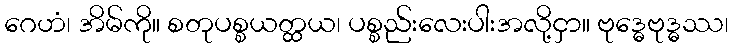
ဂေဟံ၊ အိမ်ကို။ စတုပစ္စယတ္ထယ၊ ပစ္စည်းလေးပါးအလို့ငှာ။ ဗုဒ္ဓေဗုဒ္ဓဿ၊